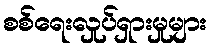
စစ်ရေးလှုပ်ရှားမှုများ